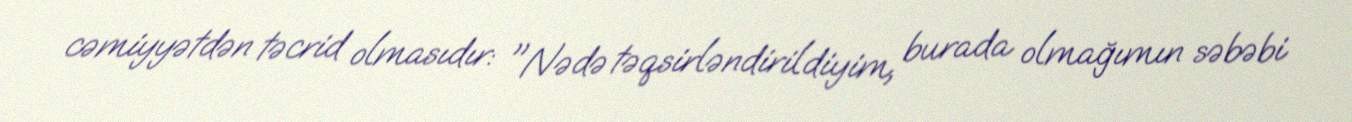
cəmiyyətdən təcrid olmasıdır: "Nədə təqsirləndirildiyim, burada olmağımın səbəbi